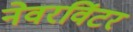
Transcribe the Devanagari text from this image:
नेवरविंटर